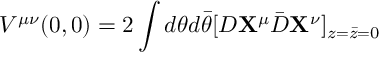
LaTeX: V ^ { \mu \nu } ( 0 , 0 ) = 2 \int d \theta d \bar { \theta } [ D { \bf X } ^ { \mu } { \bar { D } } { \bf X } ^ { \nu } ] _ { z = \bar { z } = 0 }